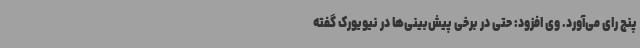
پنج رای می‌آورد. وی افزود: حتی در برخی پیش‌بینی‌ها در نیویورک گفته